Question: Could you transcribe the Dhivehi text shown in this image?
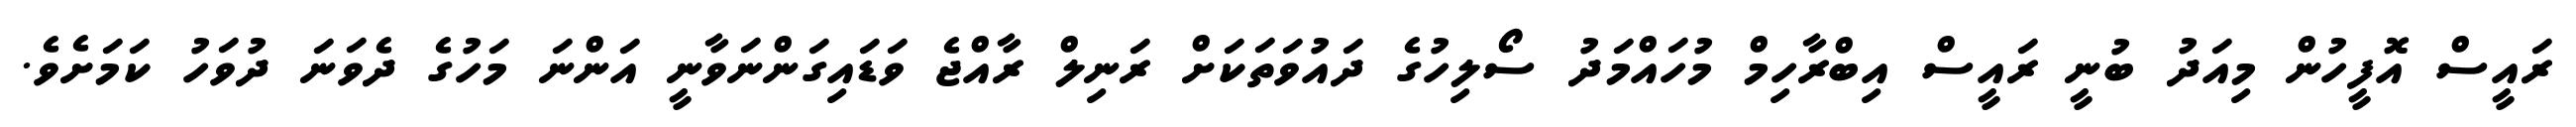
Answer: ރައީސް އޮފީހުން މިއަދު ބުނީ ރައީސް އިބްރާހިމް މުހައްމަދު ސޯލިހުގެ ދައުވަތަކަށް ރަނިލް ރާއްޖެ ވަޑައިގަންނަވާނީ އަންނަ މަހުގެ ދެވަނަ ދުވަހު ކަމަށެވެ.